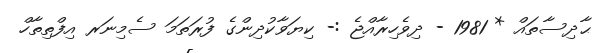
ޙާދިސާތައް * 1981 - ދިވެހިރާއްޖެ :- ކިޔަވާކުދިންގެ ފުރަތަމަ ސެމިނަރ އިފްތިތާހް